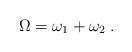
LaTeX: \begin{align*}\Omega= \omega_1+\omega_2 \;.\end{align*}